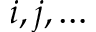
i , j , \ldots